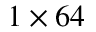
1 \times 6 4